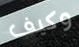
وكيف